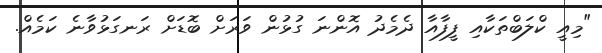
"މިއީ ކްލަބްތަކާއި ފީފާއާ ދެމެދު އޮންނަ ގުޅުން ވަރަށް ބޮޑަށް ރަނގަޅުވާނެ ކަމެއް.